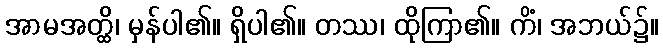
အာမအတ္ထိ၊ မှန်ပါ၏။ ရှိပါ၏။ တဿ၊ ထိုကြာ၏။ ကိံ၊ အဘယ်၌။